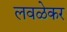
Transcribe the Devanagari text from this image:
लवळेकर